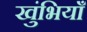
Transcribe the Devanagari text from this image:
खुंभियाँ